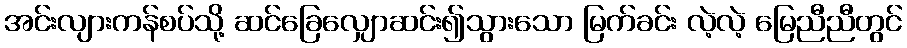
အင်းလျားကန်စပ်သို့ ဆင်ခြေလျှောဆင်း၍သွားသော မြက်ခင်း လဲ့လဲ့ မြေညီညီတွင်